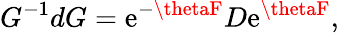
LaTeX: G^{-1}dG=\mathrm{e}^{-\thetaF}D\mathrm{e}^{\thetaF},